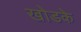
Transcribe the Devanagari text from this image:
खोडके